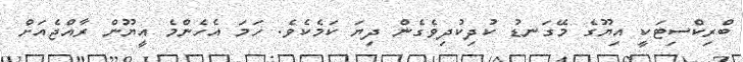
ބްރިކްސިޓަކީ އިޔޫގެ މޭގަނޑު ކުދިކުދިވެގެން ދިޔަ ކަމެކެވެ. ހަމަ އެހެންމެ އީޔޫން ރާއްޖެއަށް